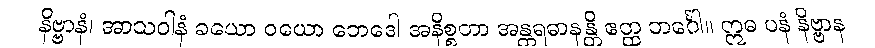
နိဗ္ဗာနံ၊ အာသဝါနံ ခယော ဝယော ဘေဒေါ အနိစ္စတာ အန္တရဓာနန္တိ ဧတ္ထ ဘင်္ဂေါ။ ဣဓ ပနံ နိဗ္ဗာန